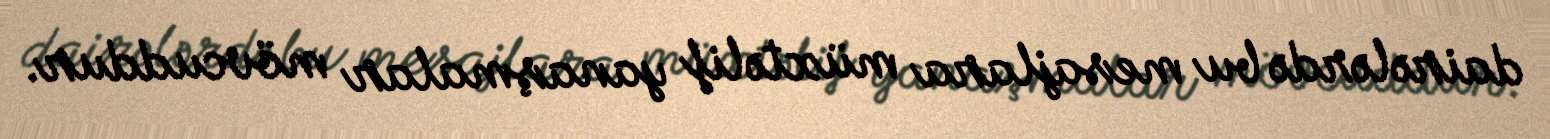
dairələrdə bu mesajlara müxtəlif yanaşmalar mövcuddur.